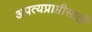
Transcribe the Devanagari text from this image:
अपत्यप्राप्तीसाठी